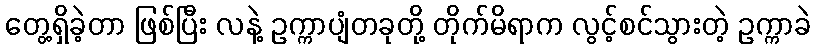
တွေ့ရှိခဲ့တာ ဖြစ်ပြီး လနဲ့ ဥက္ကာပျံတခုတို့ တိုက်မိရာက လွင့်စင်သွားတဲ့ ဥက္ကာခဲ